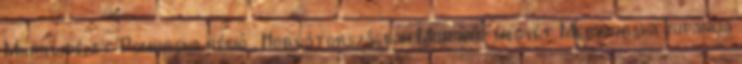
Muravidéket Pomurska régió , Horvátországban Muraköz megyét Medimurska zupanija